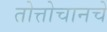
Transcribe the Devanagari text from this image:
तोत्तोचानचे